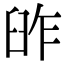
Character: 𦥬